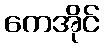
ကေအိုင်